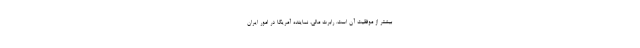
بیشتر از موفقیت‌ آن است. رابرت مالی، نماینده آمریکا در امور ایران